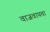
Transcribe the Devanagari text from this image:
वाजवायचा